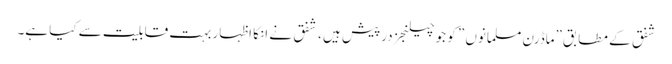
شفق کے مطابق”ماڈرن مسلمانوں ” کو جو چیلنجز درپیش ہیں ، شفق نے انکا اظہار بہت قابلیت سے کیا ہے۔